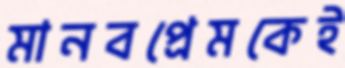
মানবপ্রেমকেই